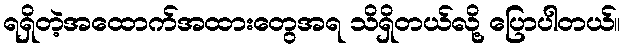
ရရှိတဲ့အထောက်အထားတွေအရ သိရှိတယ်လို့ ပြောပါတယ်။